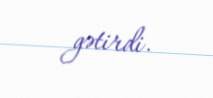
gətirdi.